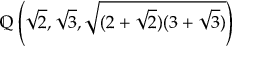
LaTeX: \mathbb { Q } \left( { \sqrt { 2 } } , { \sqrt { 3 } } , { \sqrt { ( 2 + { \sqrt { 2 } } ) ( 3 + { \sqrt { 3 } } ) } } \right)